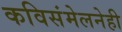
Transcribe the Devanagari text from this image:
कविसंमेलनेही